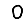
Digit: 0